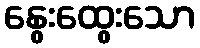
နွေးထွေးသော